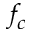
f _ { c }